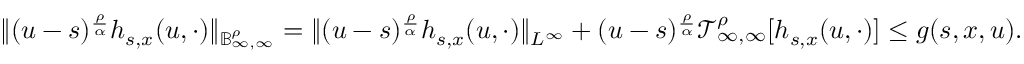
\begin{array} { r } { \Vert ( u - s ) ^ { \frac { \rho } { \alpha } } h _ { s , x } ( u , \cdot ) \Vert _ { \mathbb { B } _ { \infty , \infty } ^ { \rho } } = \Vert ( u - s ) ^ { \frac { \rho } { \alpha } } h _ { s , x } ( u , \cdot ) \Vert _ { L ^ { \infty } } + ( u - s ) ^ { \frac { \rho } { \alpha } } \mathcal { T } _ { \infty , \infty } ^ { \rho } [ h _ { s , x } ( u , \cdot ) ] \leq g ( s , x , u ) . } \end{array}